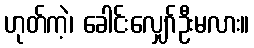
ဟုတ်ကဲ့၊ ခေါင်းလျှော်ဦးမလား။